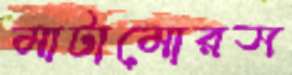
মাটামোরস